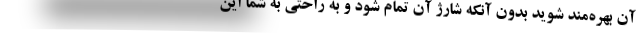
آن بهره‌مند شوید بدون آنکه شارژ آن تمام شود و به راحتی به شما این